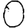
Digit: 0